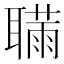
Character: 𦗫